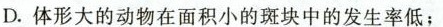
D.体形大的动物在面积小的斑块中的发生率低；